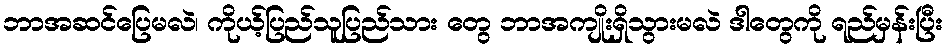
ဘာအဆင်ပြေမလဲ၊ ကိုယ့်ပြည်သူပြည်သား တွေ ဘာအကျိုးရှိသွားမလဲ ဒါတွေကို ရည်မှန်းပြီး